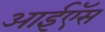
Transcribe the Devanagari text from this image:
आईऍस